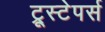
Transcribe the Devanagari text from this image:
ट्रूस्टेपर्स